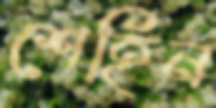
শেহিন